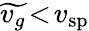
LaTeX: \widetilde{v_{g}}\! <\! v_{\mathrm{sp}}